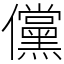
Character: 儻